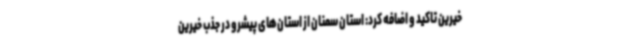
خیرین تاکید و اضافه کرد: استان سمنان از استان‌های پیشرو در جذب خیرین